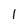
Character: 1